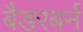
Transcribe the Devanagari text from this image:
बैडरबर्न